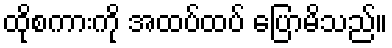
ထိုစကားကို အထပ်ထပ် ပြောမိသည်။